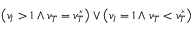
\left( v _ { I } > 1 \land v _ { T } = v _ { T } ^ { * } \right) \lor \left( v _ { I } = 1 \land v _ { T } < v _ { T } ^ { * } \right)